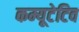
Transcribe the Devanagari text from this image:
कम्यूटेटिव